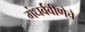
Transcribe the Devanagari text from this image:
गंधर्ववीणेचे